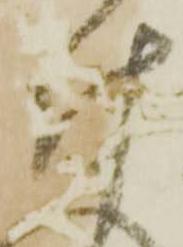
付